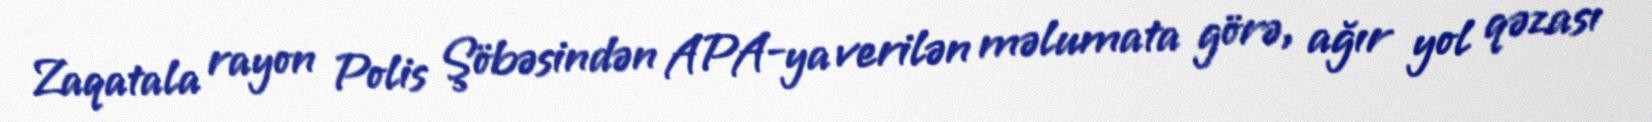
Zaqatala rayon Polis Şöbəsindən APA-ya verilən məlumata görə, ağır yol qəzası